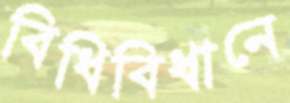
বিধিবিধানে